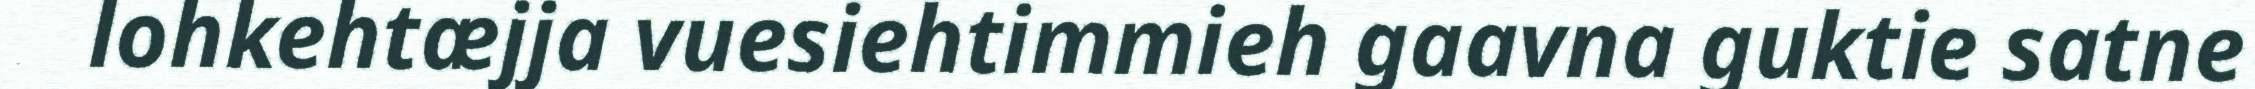
lohkehtæjja vuesiehtimmieh gaavna guktie satne